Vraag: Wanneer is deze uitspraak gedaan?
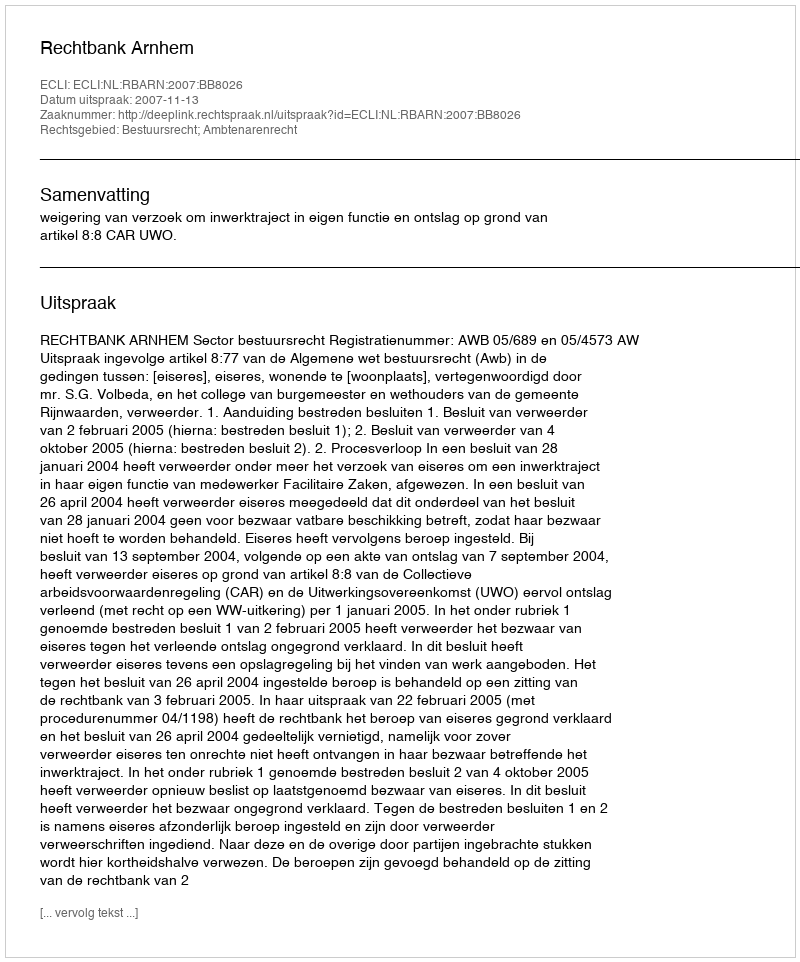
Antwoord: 2007-11-13